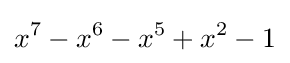
x^{7}-x^{6}-x^{5}+x^{2}-1